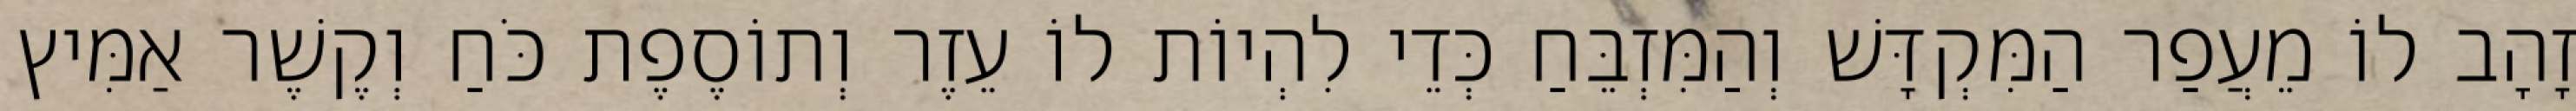
זָהָב לוֹ מֵעֲפַר הַמִּקְדָּשׁ וְהַמִּזְבֵּחַ כְּדֵי לִהְיוֹת לוֹ עֵזֶר וְתוֹסֶפֶת כֹּחַ וְקֶשֶׁר אַמִּיץ